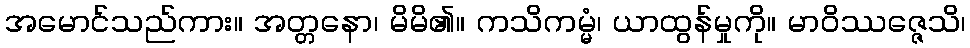
အမောင်သည်ကား။ အတ္တနော၊ မိမိ၏။ ကသိကမ္မံ၊ ယာထွန်မှုကို။ မာဝိဿဇ္ဇေသိ၊